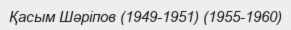
Қасым Шәріпов (1949-1951) (1955-1960)